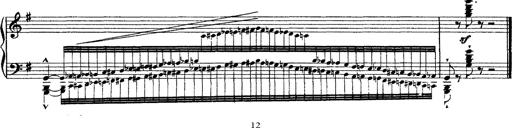
Title: Ã‰tudes d'exÃ©cution transcendante d'aprÃ¨s Paganini
Composer: Franz Liszt